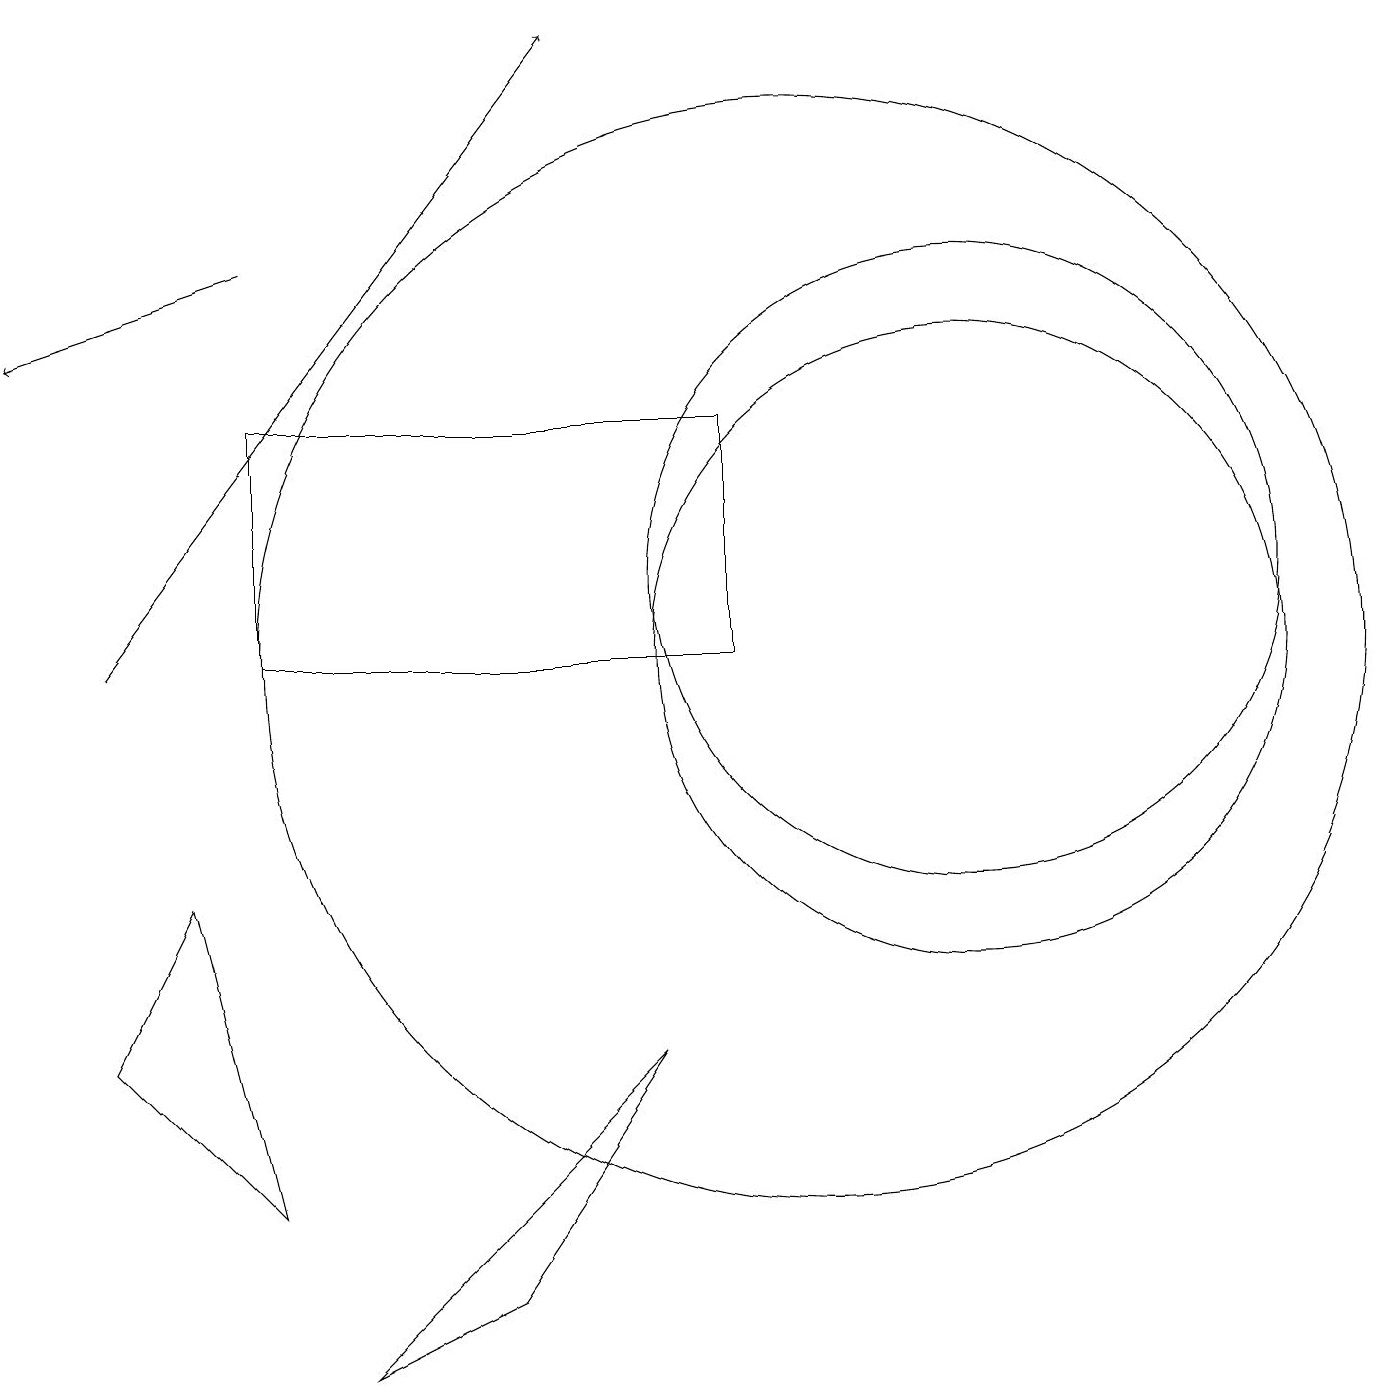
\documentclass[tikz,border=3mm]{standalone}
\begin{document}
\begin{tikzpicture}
\draw (10,11) circle (7);
\draw (9,14) rectangle (3,11);
\draw (3,4) -- (2,8) -- (1,6) -- cycle;
\draw (12,12) circle (4);
\draw (12,11) circle (4);
\draw[->] (1,11) -- (7,19);
\draw (4,2) -- (8,6) -- (6,3) -- cycle;
\draw[->] (3,16) -- (0,15);
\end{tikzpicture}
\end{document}